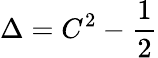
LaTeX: \Delta=C^{2}-{\frac{1}{2}}